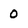
Character: 0